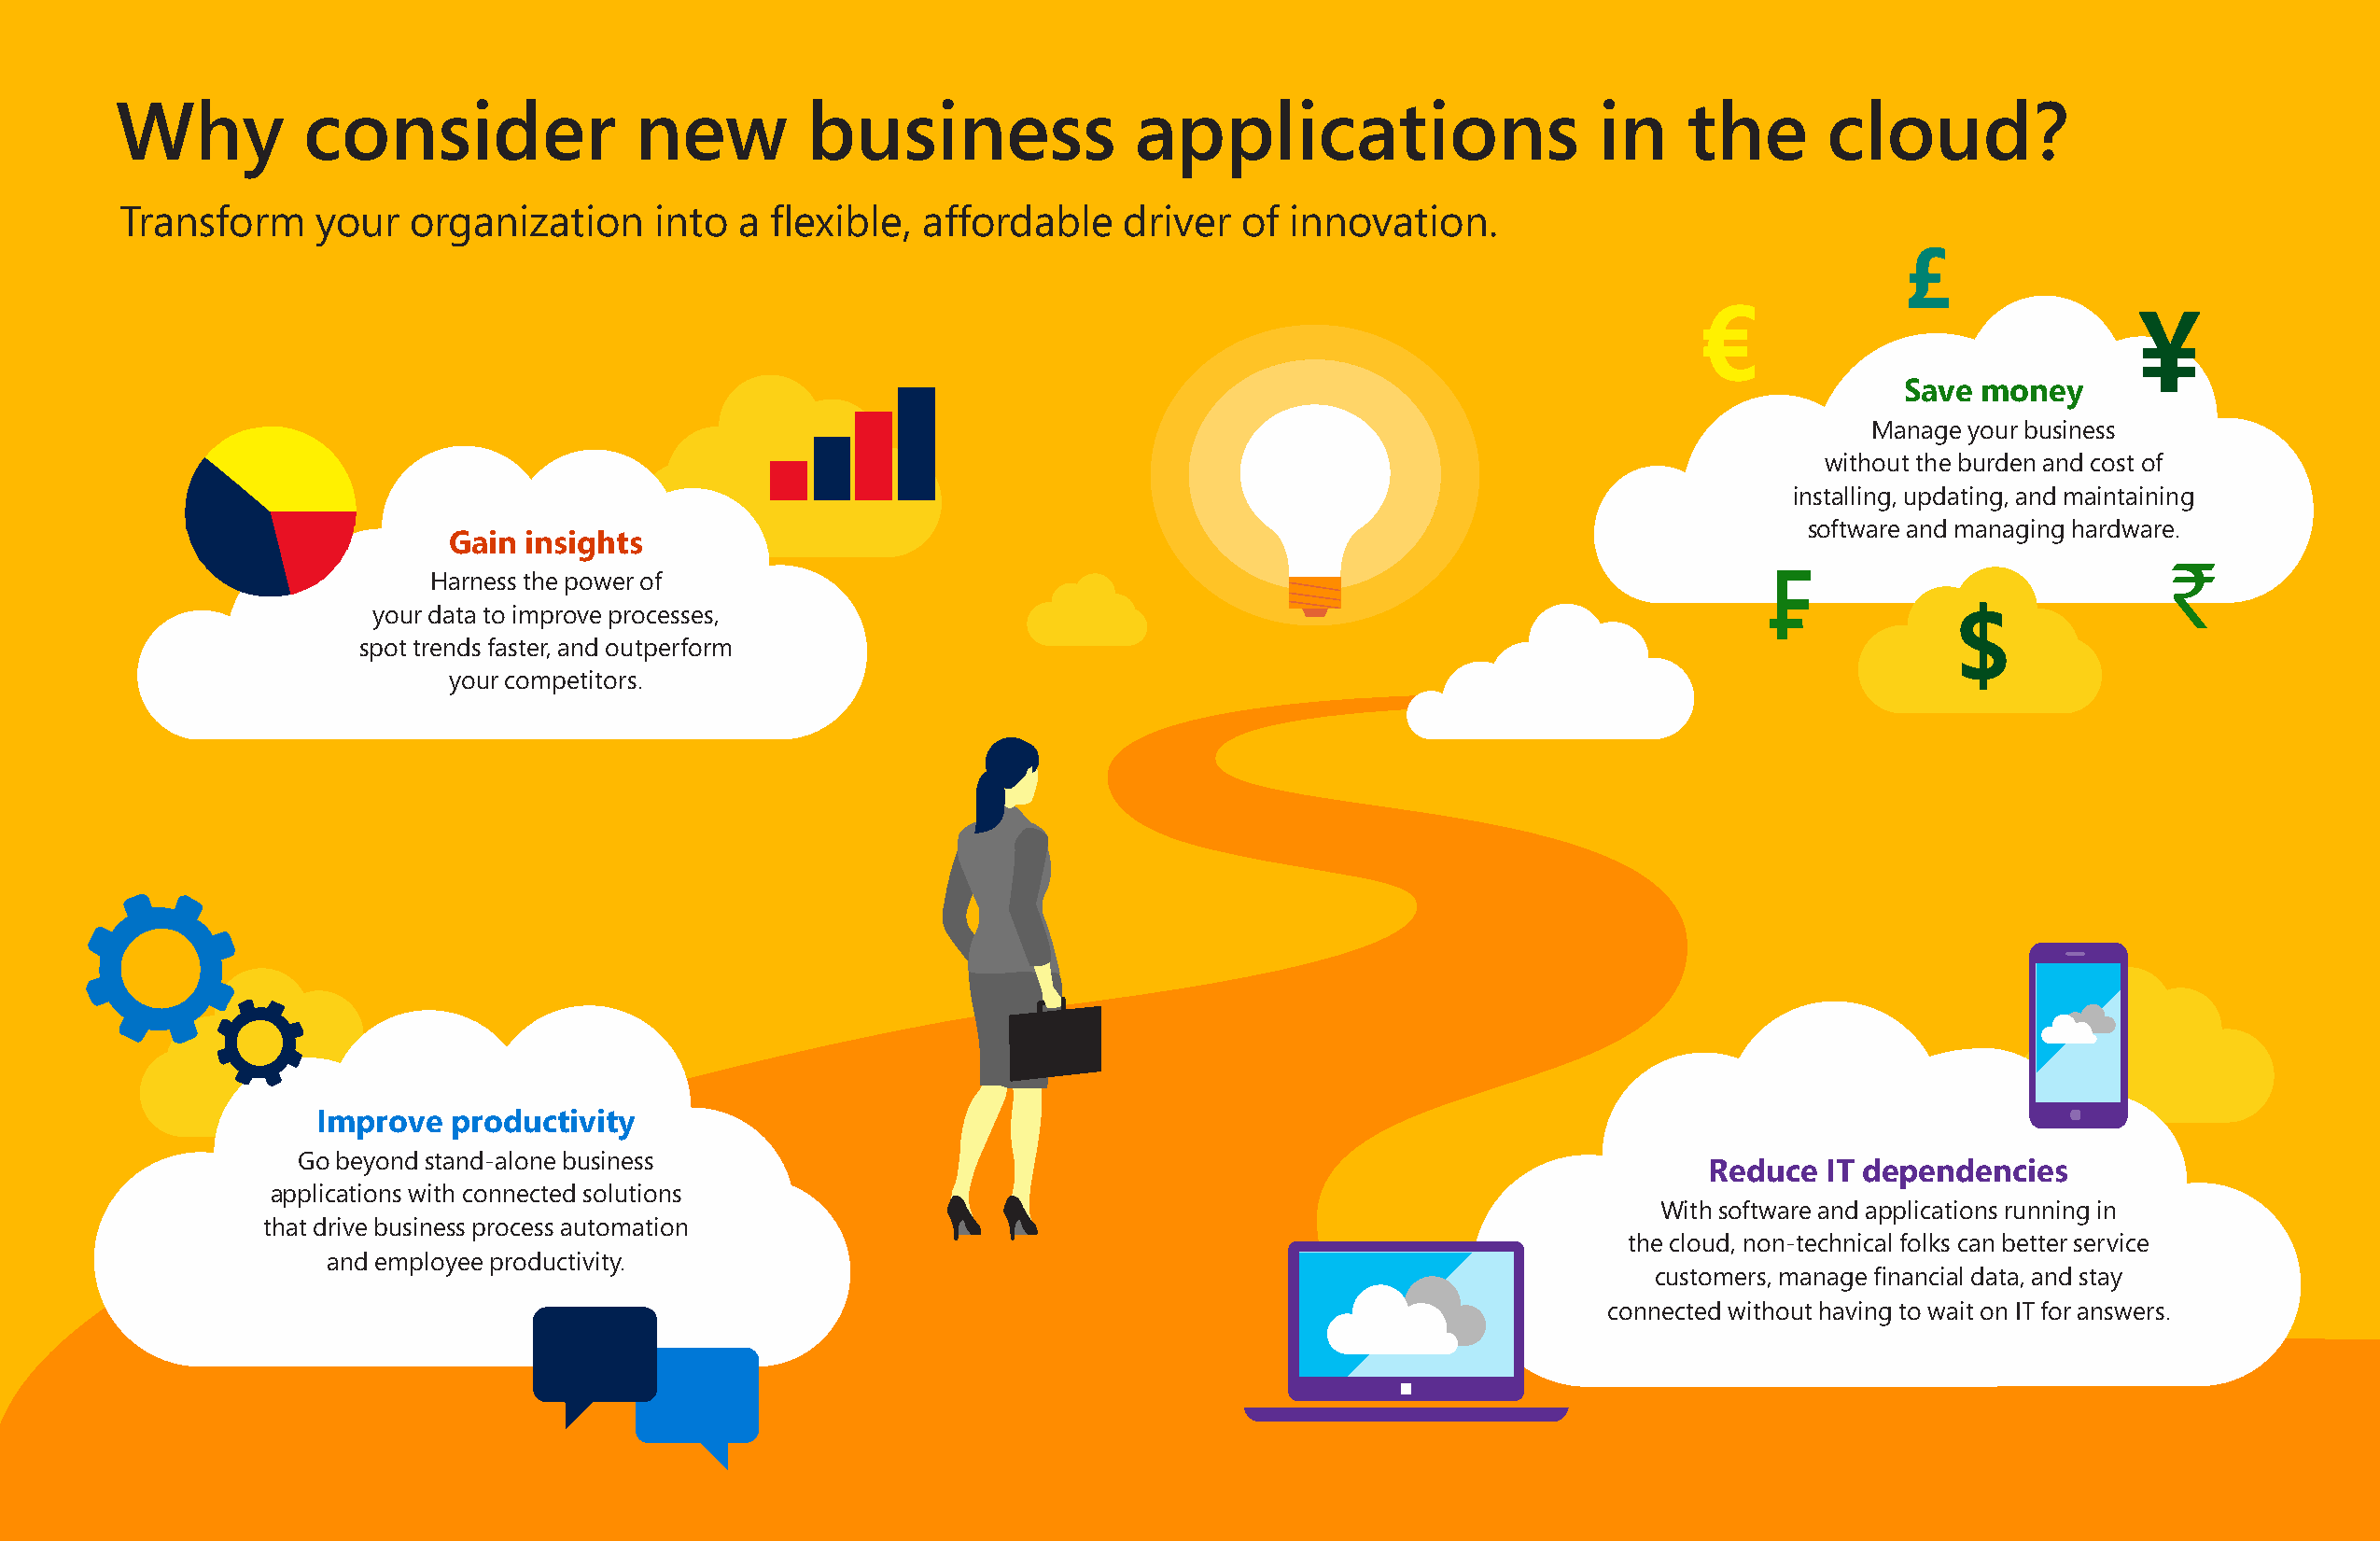
Why           consider               new         business                applications                    in     the       cloud?
 Transform     your   organization     into  a  flexible, affordable     driver  of innovation.
 £
 €
 ¥
 Save  money
 Manage your business
 without the burden and cost of
 installing, updating, and maintaining
 software and managing hardware.
 Gain insights
 Harness the power of
 your data to improve processes,
 $
 spot trends faster, and outperform
 your competitors.
 Improve   productivity
 Go beyond stand-alone business
 Reduce   IT dependencies
 applications with connected solutions
 With software and applications running in
 that drive business process automation
 the cloud, non-technical folks can better service
 and employee productivity.
 customers, manage financial data, and stay
 connected without having to wait on IT for answers.